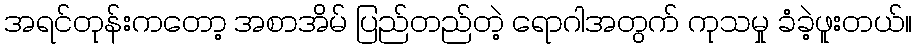
အရင်တုန်းကတော့ အစာအိမ် ပြည်တည်တဲ့ ရောဂါအတွက် ကုသမှု ခံခဲ့ဖူးတယ်။